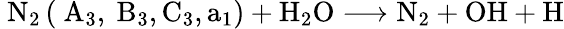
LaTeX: \mathrm{~N}_{2}\left(\mathrm{~A}_{3},\mathrm{~B}_{3},\mathrm{C}_{3},\mathrm{a}_{1}\right)+\mathrm{H}_{2}\mathrm{O}\longrightarrow\mathrm{N}_{2}+\mathrm{OH}+\mathrm{H}